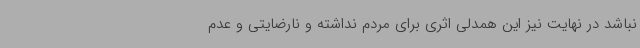
نباشد در نهایت نیز این همدلی اثری برای مردم نداشته و نارضایتی و عدم